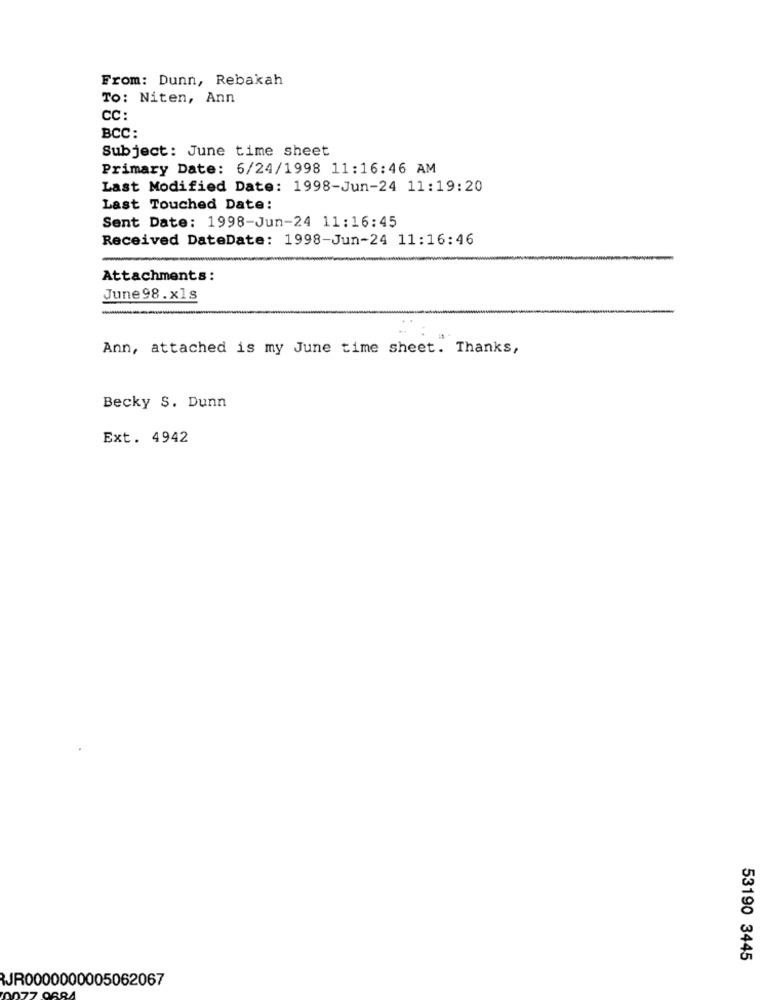
From: Dunn, Rebakah
To: Niten, Ann
CC:
BCC:
Subject: June time sheet
Primary Date: 6/24/1998 11:16:46 AM
Last Modified Date: 1998-Jun-24 11:19:20
Last Touched Date:
Sent Date: 1998-Jun-24 11:16:45
Received DateDate: 1998-Jun-24 11:16:46
Attachments:
June 98.xls
-
Ann, attached is my June time sheet. Thanks,
Becky S. Dunn
Ext. 4942
53190 3445
JR0000000005062067